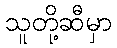
သူတို့ဆီမှာ